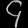
Digit: ၄